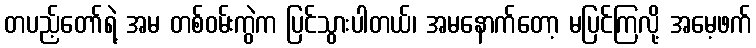
တပည့်တော်ရဲ့ အမ တစ်ဝမ်းကွဲက ပြင်သွားပါတယ်၊ အမနောက်တော့ မပြင်ကြလို့ အမေ့ဖက်